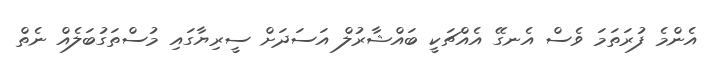
އެންމެ ފުރަތަމަ ވެސް އެނގޭ އެއްޗަކީ ބައްޝާރުލް އަސަދަށް ސީރިޔާގައި މުސްތަގުބަލެއް ނެތް